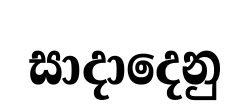
සාදාදෙනු